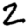
Digit: 2